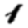
Digit: 1